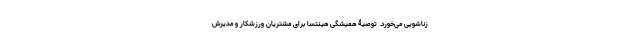
زناشویی می‌خورد. توصیۀ همیشگی هینتسا برای مشتریان ورزشکار و مدیرش